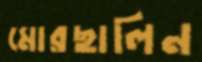
মোরছালিন